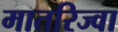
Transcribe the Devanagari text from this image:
मातरिज्वा